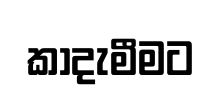
කාදැමීමට